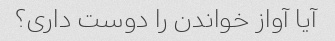
آیا آواز خواندن را دوست داری؟